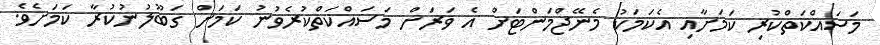
މަސައްކަތްކުރި ކަމަށާއި އެކަމަކު މެނޭޖްމަންޓަށް އެ ވަރަށް މަސައްކަތްކުރެވުނު ކަމަށް ގަބޫލުނުކުރާ ކަމަށެވެ.